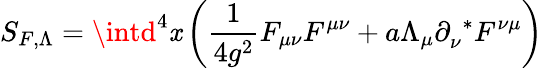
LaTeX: S_{F,\Lambda}=\intd^{4}\mathit{x}\left(\frac{{1}}{{4g^{2}}}F_{\mu\nu}F^{\mu\nu}+a\Lambda_{\mu}\partial_{\nu}^{~~*}F^{\nu\mu}\right)